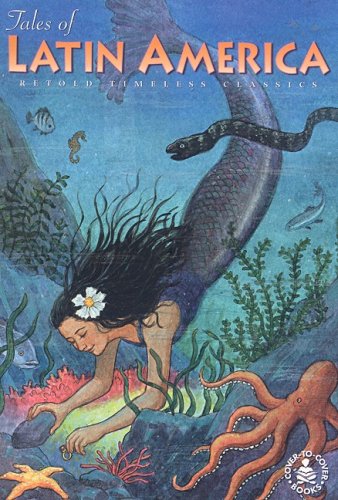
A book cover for Tales of Latin America (Timeless Classics); Children's Books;